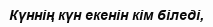
Күннің күн екенін кім біледі,